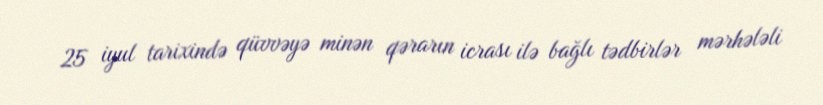
25 iyul tarixində qüvvəyə minən qərarın icrası ilə bağlı tədbirlər mərhələli